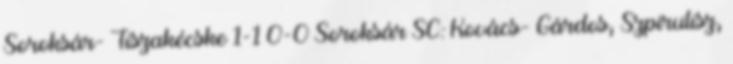
Soroksár- Tiszakécske 1-1 0-0 Soroksár SC: Kovács- Gárdos, Szpirulisz,